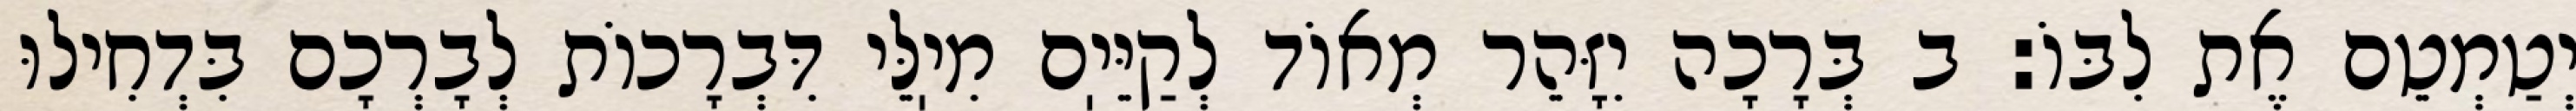
יְטַמְטֵם אֶת לִבּוֹ: ב בְּרָכָה יִזָּהֵר מְאוֹד לְקַיֵּיֽם מִיֽלֵּי דִּבְרָכוֹת לְבָרְכָם בִּדְחִילוּ